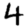
Digit: 4